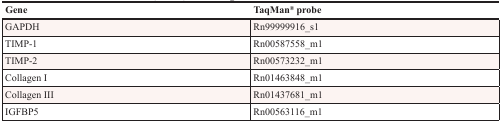
<table><thead><tr><td><b>Gene</b></td><td><b>TaqMan<sup>®</sup> probe</b></td></tr></thead><tbody><tr><td>GAPDH</td><td>Rn99999916_s1</td></tr><tr><td>TIMP-1</td><td>Rn00587558_m1</td></tr><tr><td>TIMP-2</td><td>Rn00573232_m1</td></tr><tr><td>Collagen I</td><td>Rn01463848_m1</td></tr><tr><td>Collagen III</td><td>Rn01437681_m1</td></tr><tr><td>IGFBP5</td><td>Rn00563116_m1</td></tr></tbody></table>